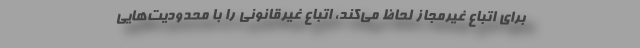
برای اتباع غیرمجاز لحاظ می‌کند، اتباع غیرقانونی را با محدودیت‌هایی